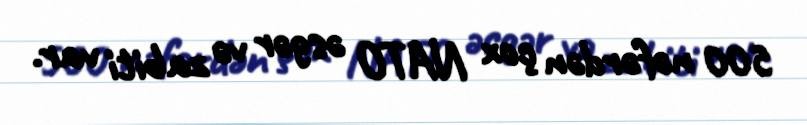
500 nəfərdən çox NATO əsgər və zabiti var.